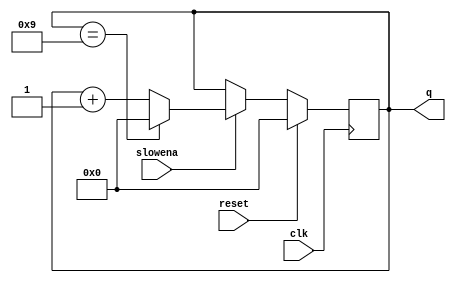
module top_module (
    input clk,
    input slowena,
    input reset,
    output [3:0] q);

    initial q = 4'd0;

    always @(posedge clk) begin
        q <= reset ? 4'd0 : slowena ? q == 9 ? 0 : q + 1: q;
    end

endmodule